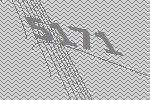
5171